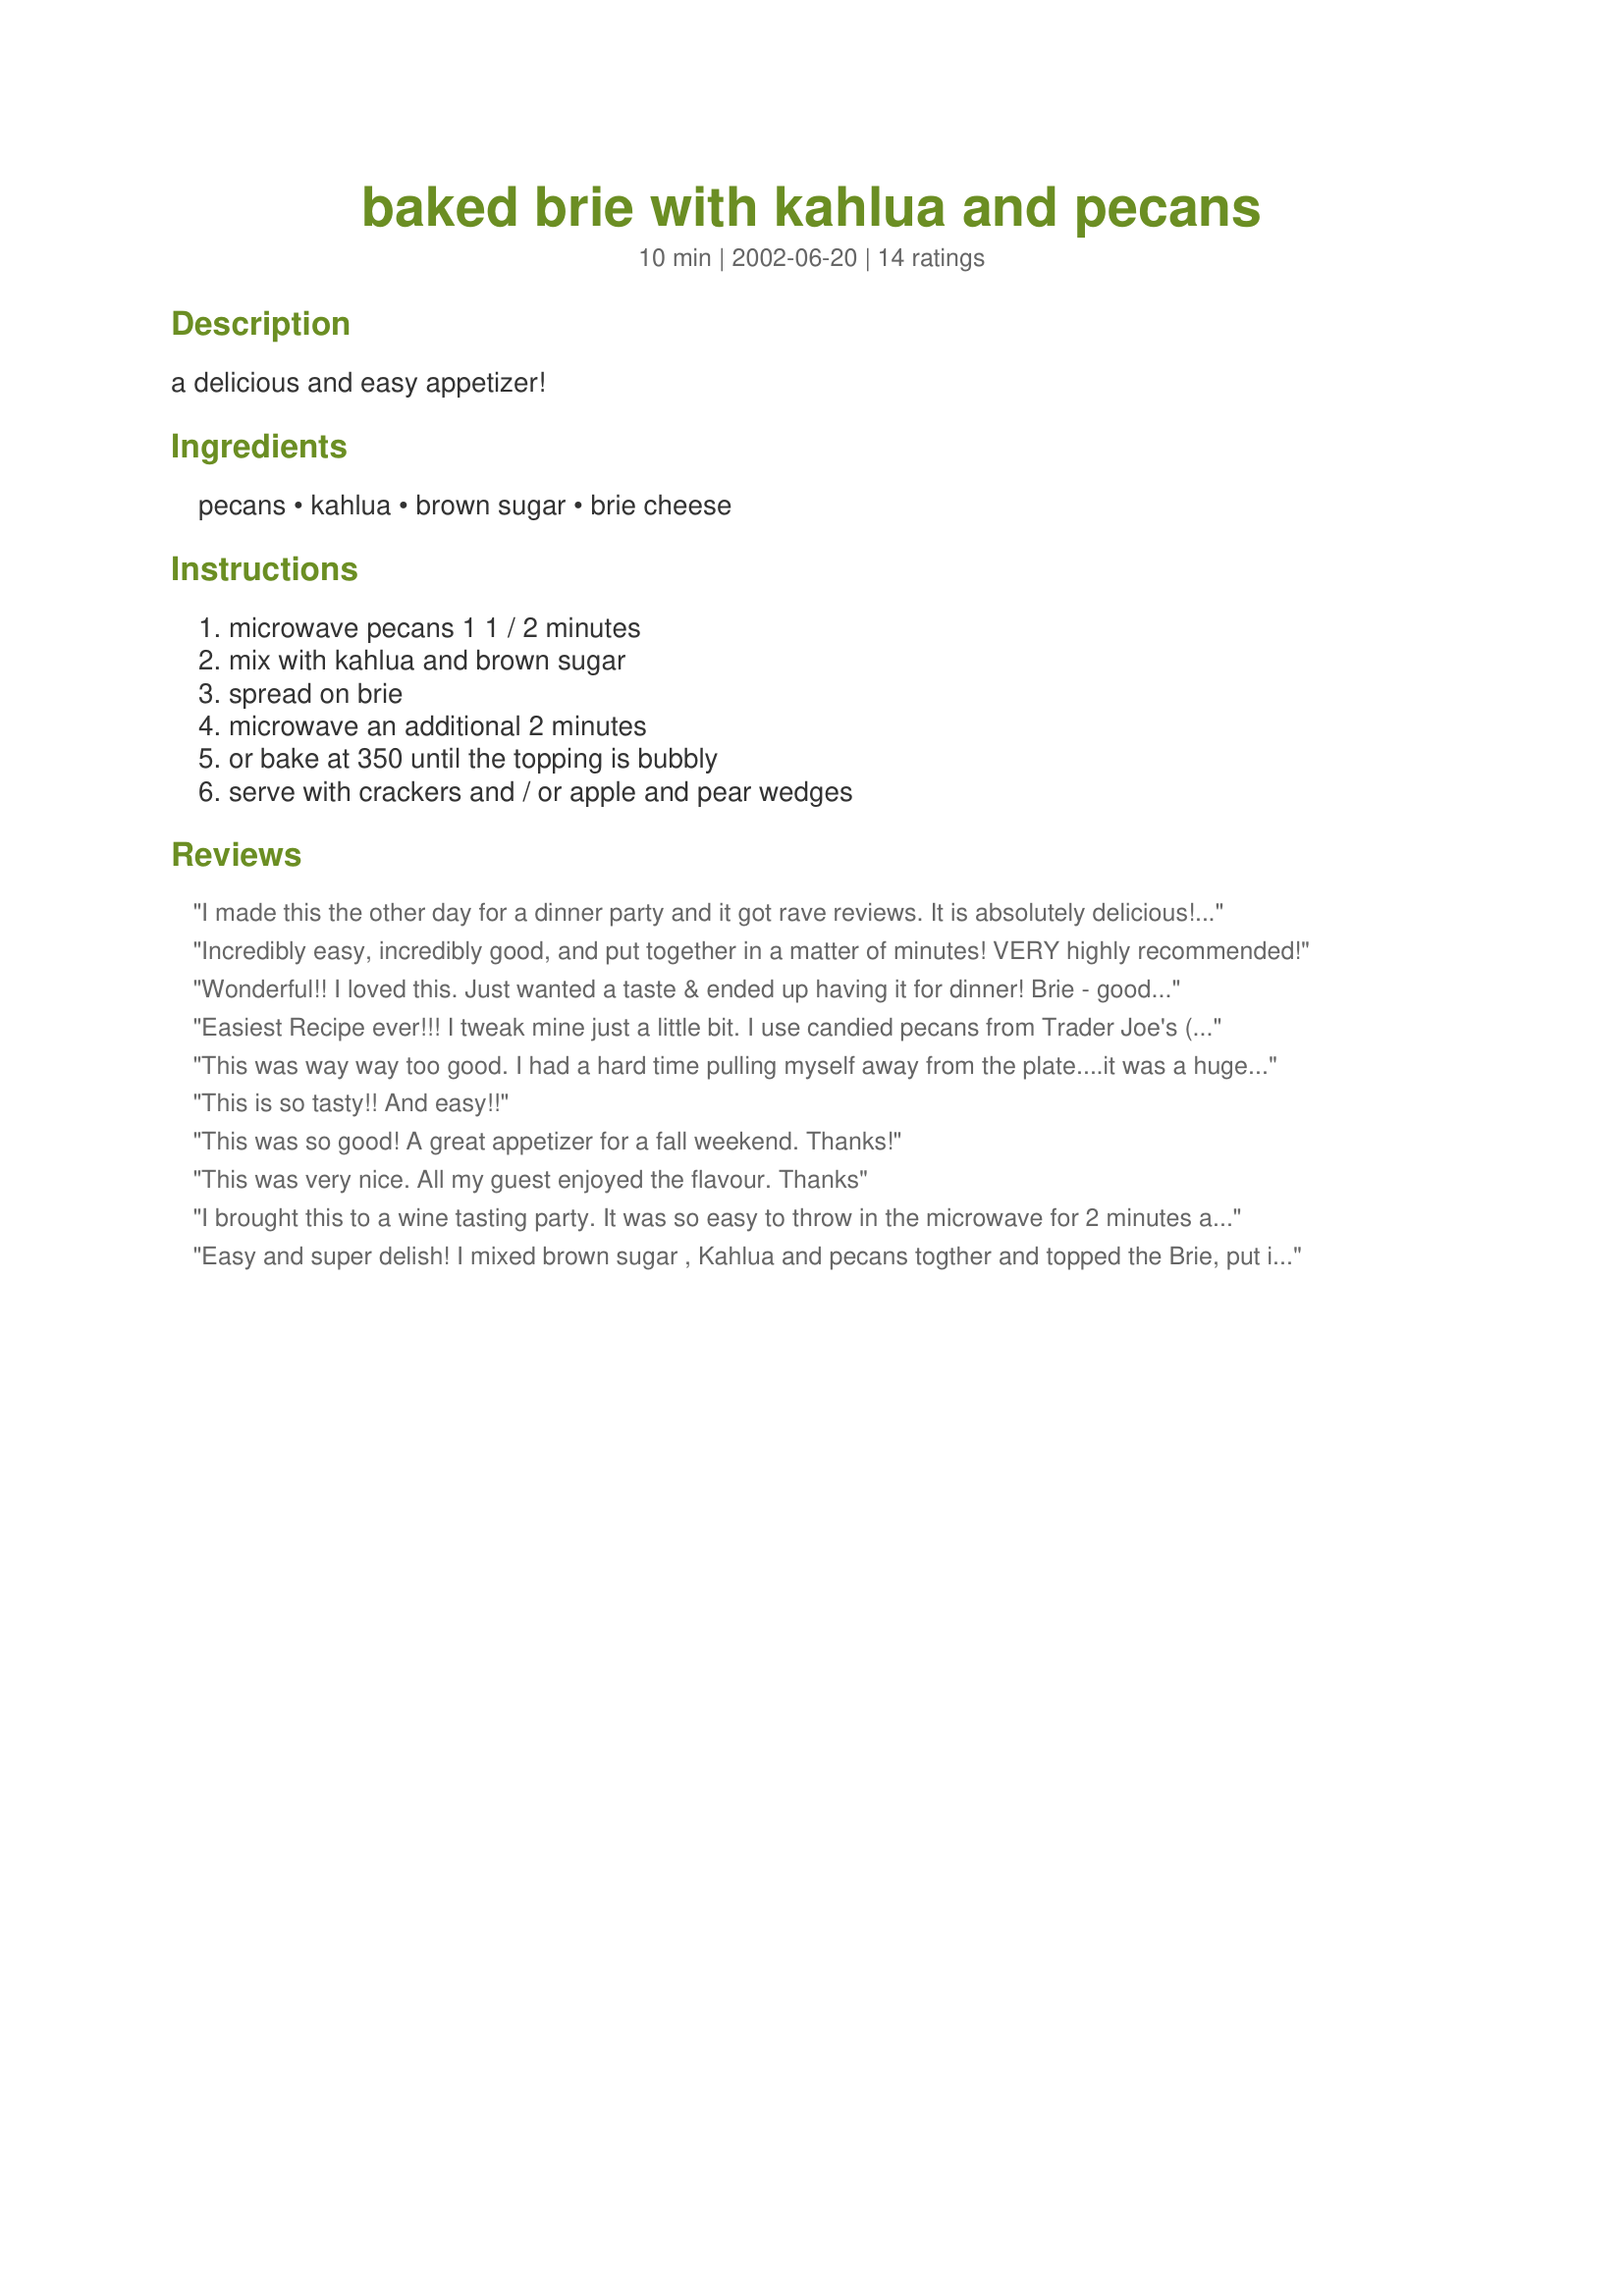
baked brie with kahlua and pecans
Preparation time: 10 minutes

a delicious and easy appetizer!

Ingredients:
pecans, kahlua, brown sugar, brie cheese

Steps:
microwave pecans 1 1 / 2 minutes, mix with kahlua and brown sugar, spread on brie, microwave an additional 2 minutes, or bake at 350 until the topping is bubbly, serve with crackers and / or apple and pear wedges

Reviews:
I made this the other day for a dinner party and it got rave reviews. It is absolutely delicious! I used Cruzan Rum Cream because that is what I had on hand and it out great. I highly suggest using that variation. Served with some apples and some wheat crackers.
Incredibly easy, incredibly good, and put together in a matter of minutes! VERY highly recommended!
Wonderful!! I loved this. Just wanted a taste & ended up having it for dinner! Brie - good, pecans - good, brown sugar - good, Kahlua - GOOD! How could you go wrong? My mouth thanks you, but my thighs....
Easiest Recipe ever!!! I tweak mine just a little bit. I use candied pecans from Trader Joe's (They're on the nut aisle and you just have to look for them. They come in about a 4x6" bag. And I only use about 1/2 c. pecans and I don't microwave them first. Always the first thing to go at a party. HIghly recommend.
This was way way too good. I had a hard time pulling myself away from the plate....it was a huge hit at my Xmas Eve gathering! Will make often I am sure.
This is so tasty!! And easy!!
This was so good! A great appetizer for a fall weekend. Thanks!
This was very nice. All my guest enjoyed the flavour. Thanks
I brought this to a wine tasting party. It was so easy to throw in the microwave for 2 minutes and serveâ€¦HELLO could not be easier! I saw people camped out at the dish raving. Thanks!!!
Easy and super delish! I mixed brown sugar , Kahlua and pecans togther and topped the Brie, put it in the microwave for 1 minutes and it was devoured! This is my favorite appetizer recipe, thanks for posting!
When I first saw this was afraid it would be to sweet. But was in a pinch with company coming and this was fast and easy. Boy was I wrong, it had just the right amount of sweetness to set of the brie. This is incredible I&#039;ll be making it often from now on.
Oh my, I just realized I hadn't reviewed this recipe and have been making it for almost a year! Delicious and so easy. Guests always rave. I like to bake this in the oven instead of the microwave.
I love this recipe because it's quick, easy and delicious! The combo of pecans, Kahlua, and brown sugar is amazing. Thanks!
I made this with black walnuts instead of pecans. It was really delicious and easy to make. Thanks for sharing.
